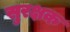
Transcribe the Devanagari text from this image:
सुरक्षक